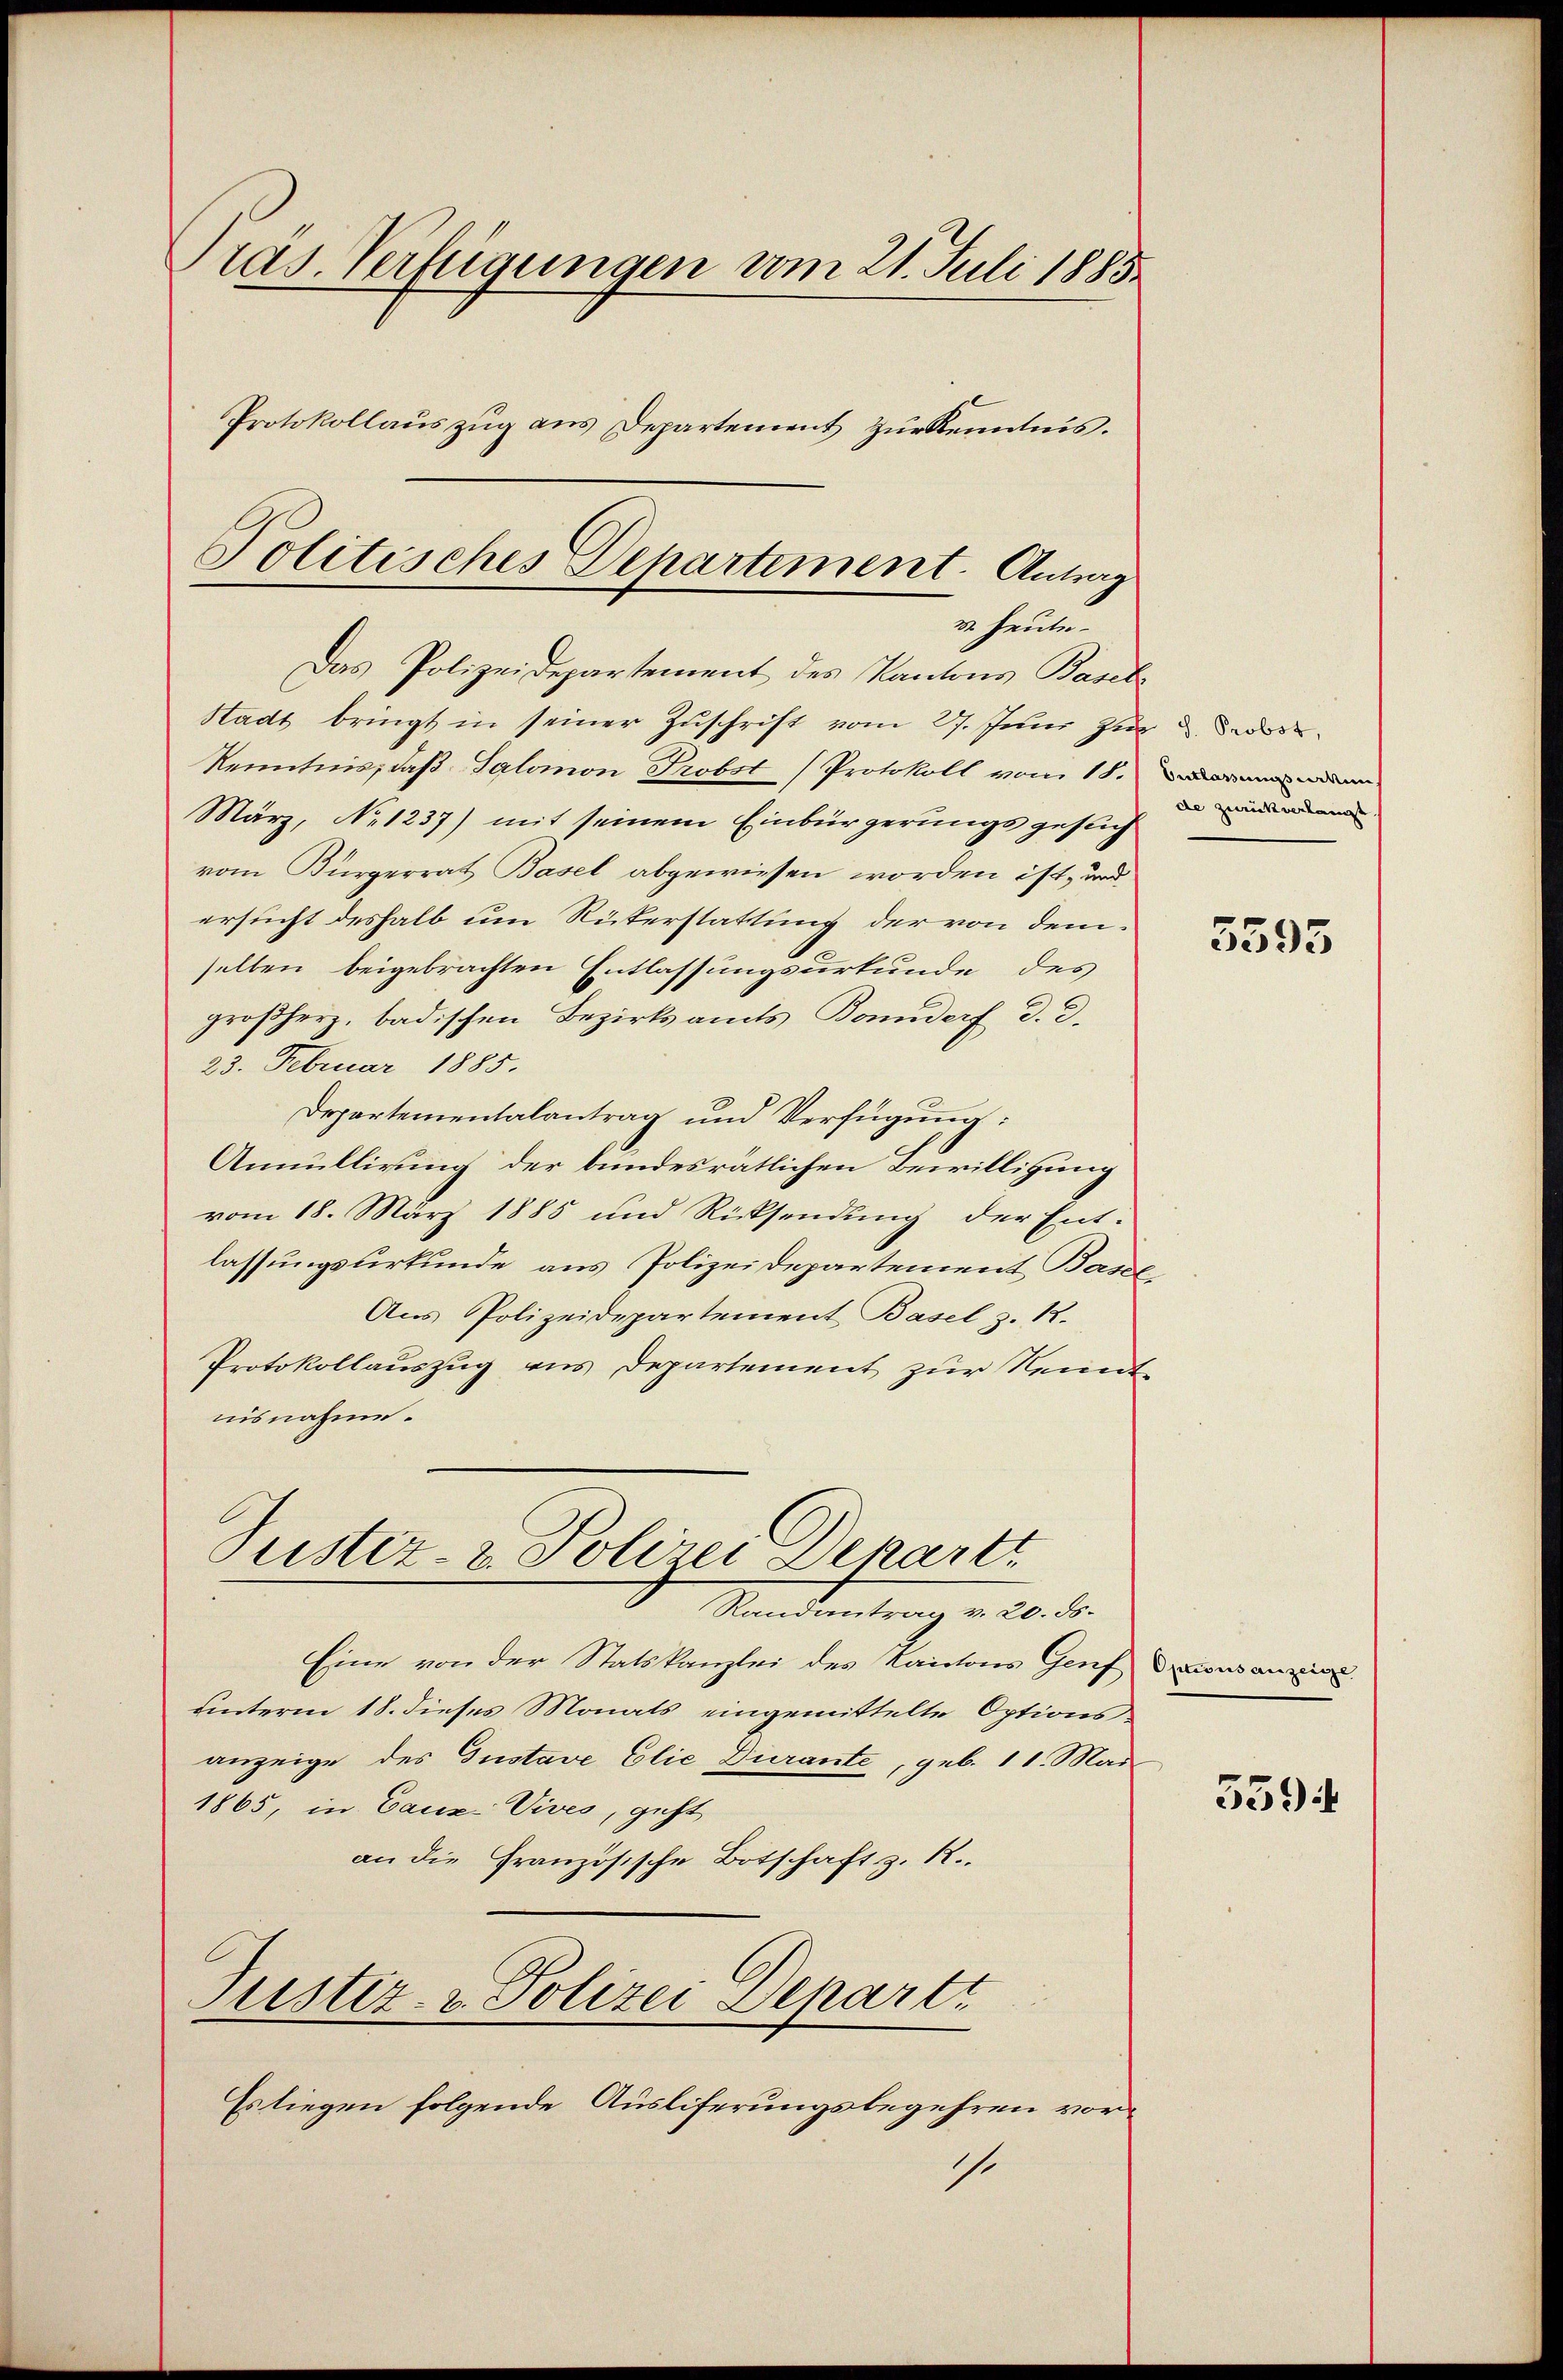
Präs. Verfügungen vom 21. Juli 1885.
Protokollauszug aus Departement zur Kenntnis.

Politisches Departement. Antrag
v. Heute.
Das Polizeidepartement des Kantons Basel

Stadt bringt in seiner Zuschrift vom 27. Juni zur Bed
Kenntnis, daß Salomon Probst (Protokoll vom 18.
März, No 1237) mit seinem Einbürgerungsgesuch
vom Bürgerrat Basel abgewiesen worden ist, und
ersucht deshalb um Rükerstattung der von demselben beigebrachten Entlassungsurkunde des
großherz, badischen Bezirksamts Bonndorf d. d.
23. Februar 1885.
Departementalantrag und Verfügung:
Annullirung der bundesrätlichen Bewilligung
vom 18. März 1885 und Rücksendung der Ent-
lassungsurkunde aus Polizeidepartement Base
Aus Polizeidepartement Basel z. R.
Protokollauszug aus Departement zur Kennt
nisnahme.
Pustiz- & Polizei Dekartt
Randantrag v. 20. ds.
Eine von der Statskanzlei des Kantons Genf drausannen.
unterm 18. dieses Monats eingemittelte Optionsanzeige des Gustave Elie Durante, geb. 11. Mai
1865, in Cauz-Vives, geht
an die Französische Botschaft z. R.
Justiz- & Polizei Departi
Es liegen folgende Ausliferungsbegehren vor¬
1.

Entlassungssekun
de zurückverlangt.

5595

5594